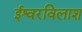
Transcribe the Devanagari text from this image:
ईश्वरविलाश